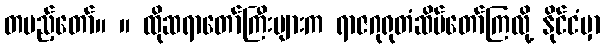
တပည့်တော်။ ။ ထိုဆရာတော်ကြီးများက ရာဇဂုရုတံဆိပ်တော်ကြလို့ နိုင်ငံမှာ